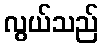
လွယ်သည်